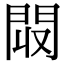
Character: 𨳟